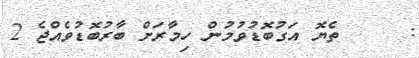
:     ތެޔޮ އަގުބޮޑުވުމުން ހިމާރަށް ބާރުބޮޑުވެއްޖެ 2